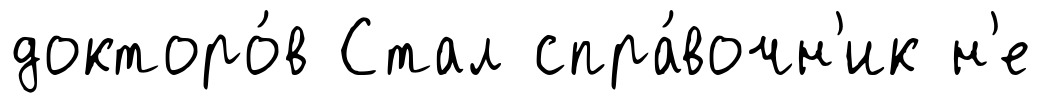
докторо́в Стал спра́вочн'ик н'е